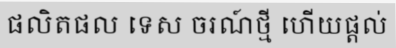
ផលិតផល ទេស ចរណ៍ថ្មី ហើយផ្តល់